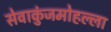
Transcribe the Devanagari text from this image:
सेवाकुंजमोहल्ला